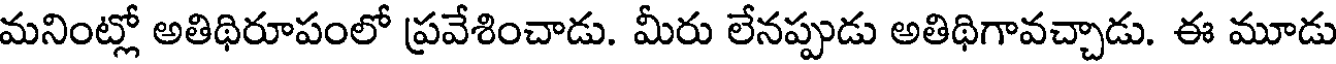
మనింట్లో అతిథిరూపంలో ప్రవేశించాడు. మీరు లేనప్పుడు అతిథిగావచ్చాడు. ఈ మూడు